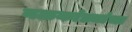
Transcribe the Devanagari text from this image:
नळकांड्यांचा